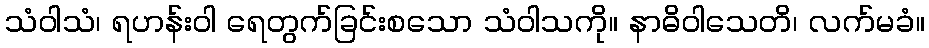
သံဝါသံ၊ ရဟန်းဝါ ရေတွက်ခြင်းစသော သံဝါသကို။ နာဓိဝါသေတိ၊ လက်မခံ။